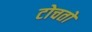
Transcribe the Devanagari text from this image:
टोचतो